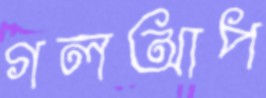
গলআপ